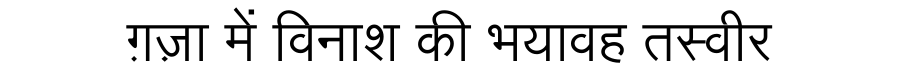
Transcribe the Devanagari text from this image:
ग़ज़ा में विनाश की भयावह तस्वीर